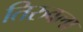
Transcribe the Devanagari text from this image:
तिरुवला